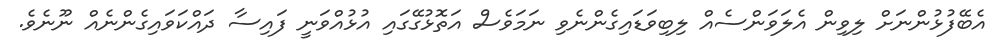
އެބޭފުޅުންނަށް ލިވިން އެލަވަންސެއް ލިބިވަޑައިގެންނެވި ނަމަވެސް އަތޮޅުގޭގައި އުޅުއްވަނީ ފައިސާ ދައްކަވައިގެންނެއް ނޫނެވެ.